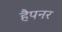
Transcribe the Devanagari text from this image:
हैपनर